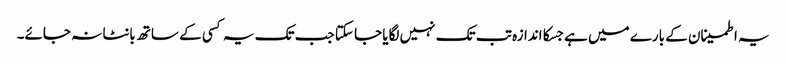
یہ اطمینان کے بارے میں ہے جسکا اندازہ تب تک نہیں لگایا جا سکتا جب تک یہ کسی کے ساتھ بانٹا نہ جائے۔